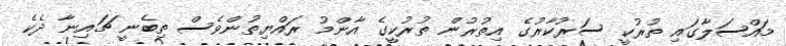
މައްސަލާގައި ތުރުކީ ސަރުކާރުގެ އިތުރުން ތުރުކީގެ އާންމު ރައްޔިތުންވެސް ތިބެނީ ޗައިނާ ދެކެ